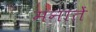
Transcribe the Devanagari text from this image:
मनातें